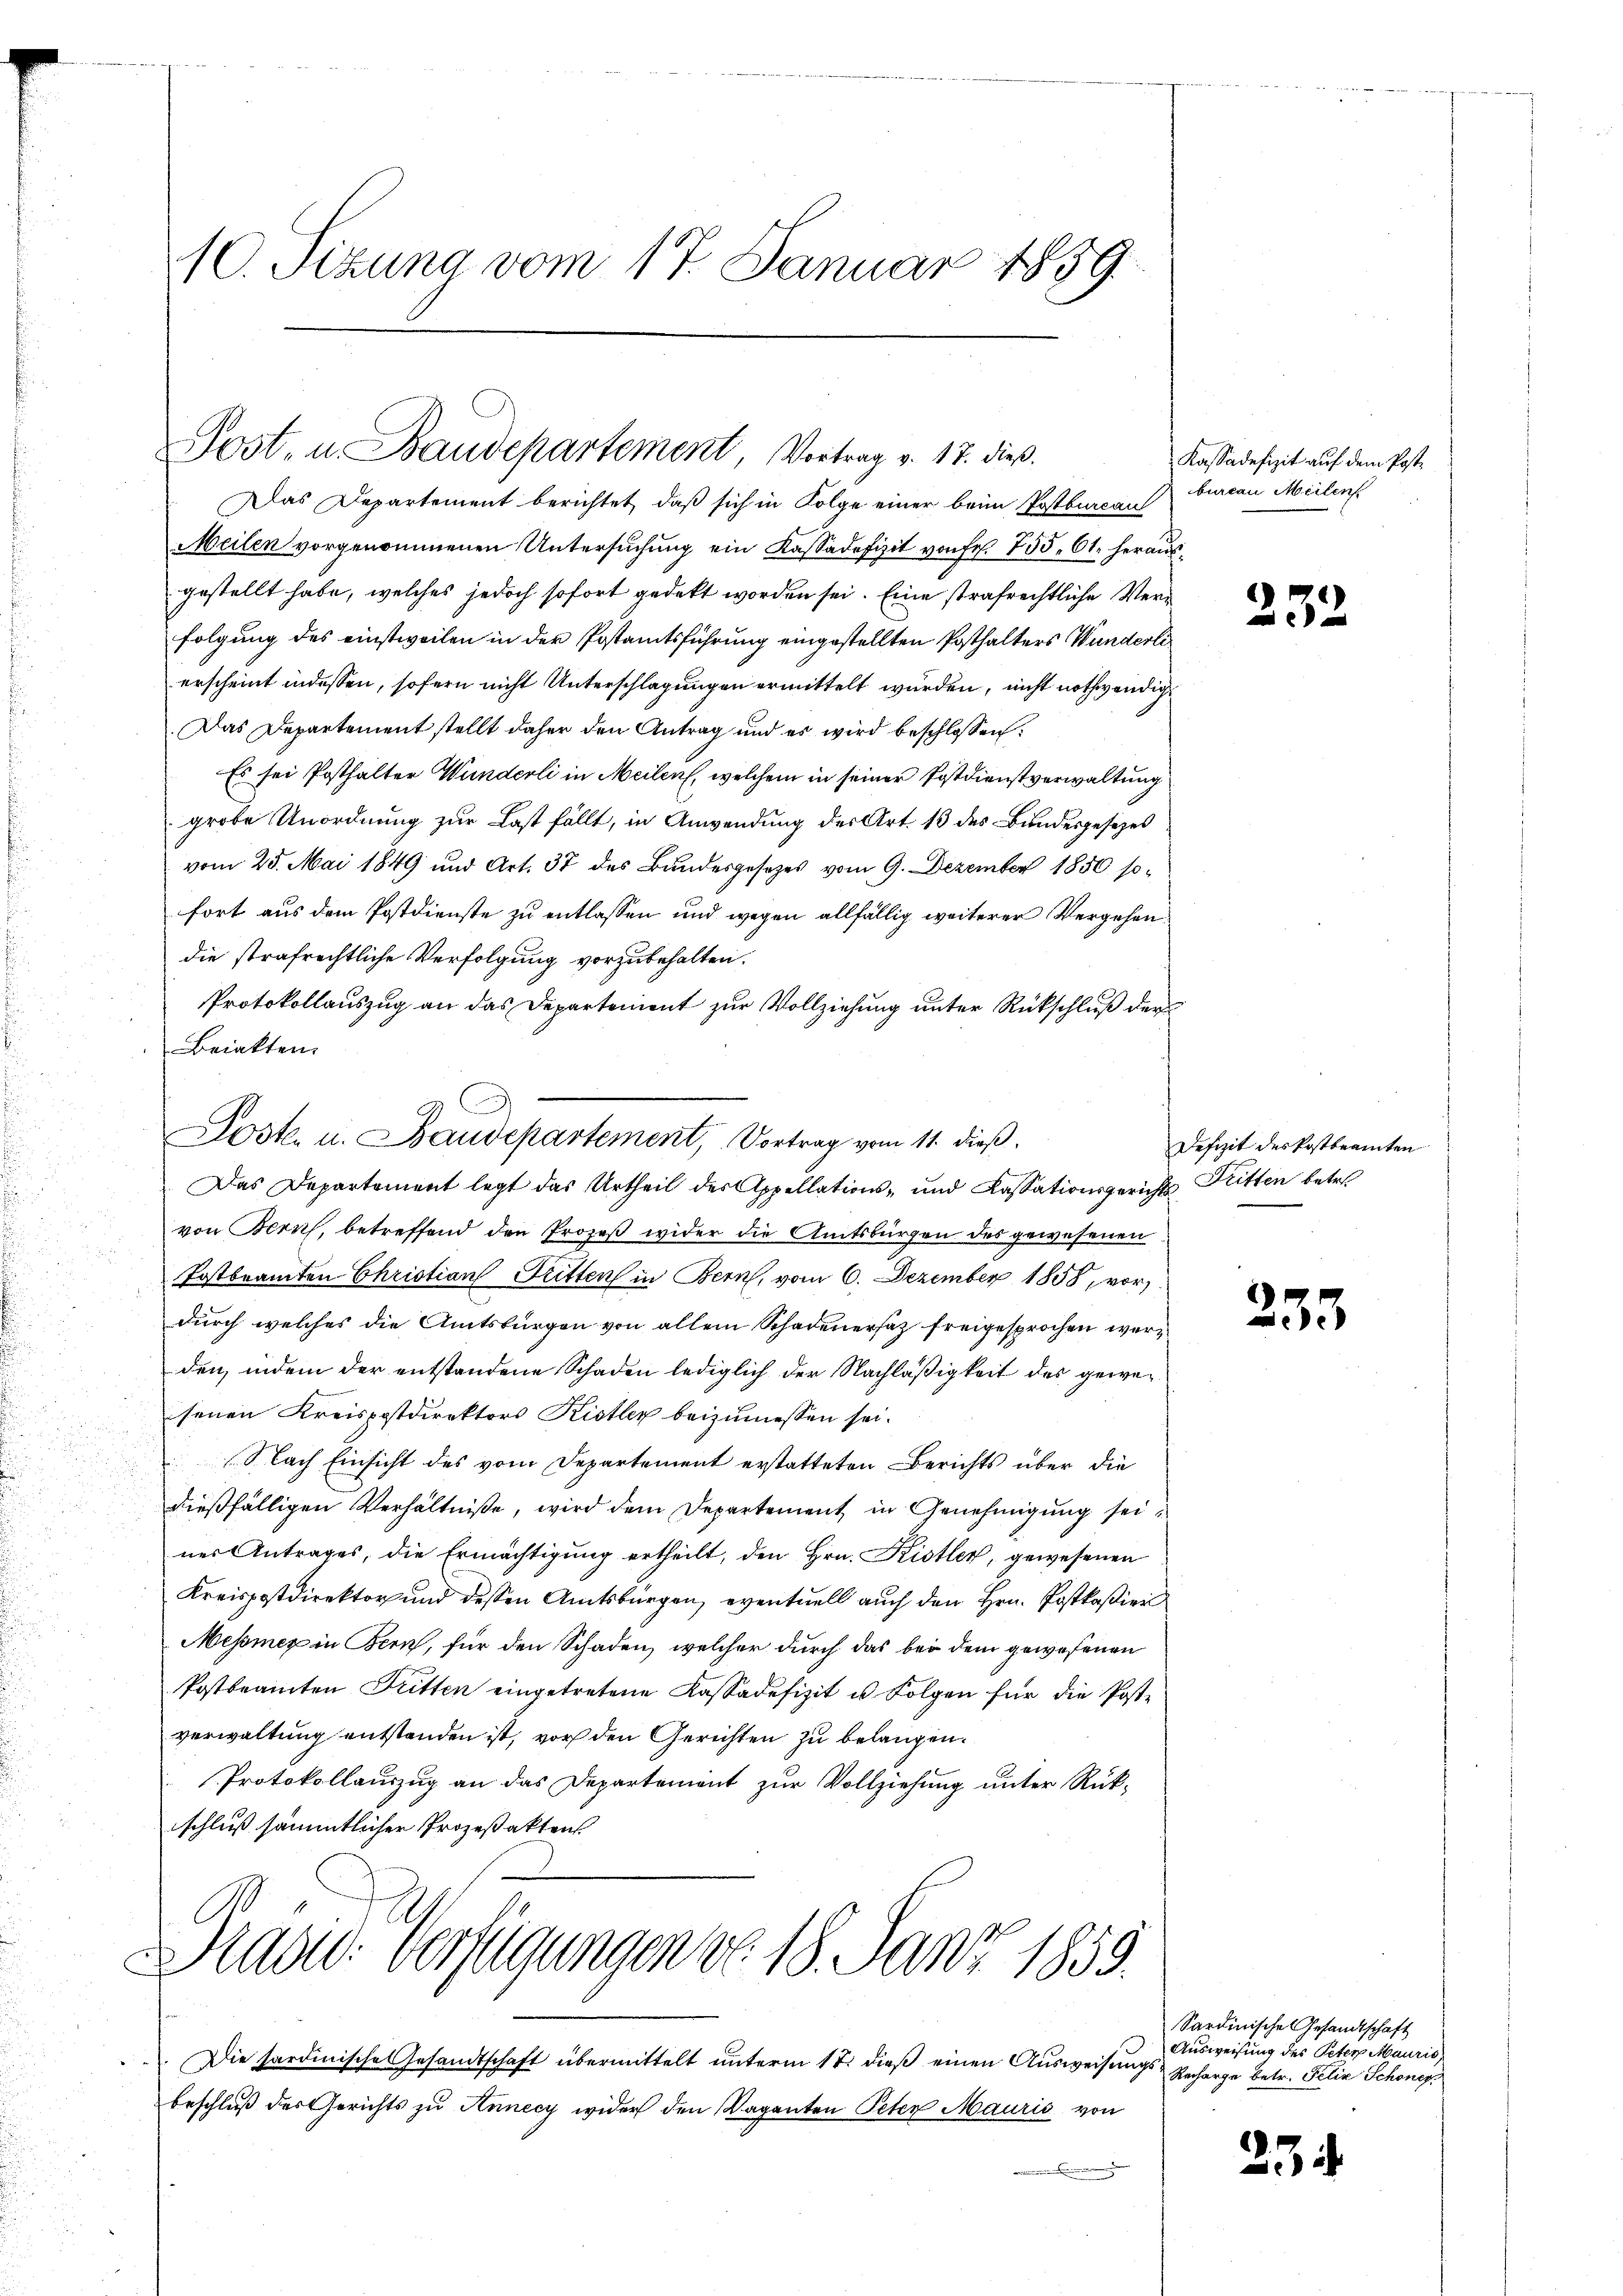
10. Sizung vom 17. Januar 1859

Post- u. Baudepartement, Vortrag v. 17. dieß.

Das Departement berichtet, daß sich in Folge einer beim Postbureau
Meilen vorgenommenen Untersŭchŭng ein Kassadefizit von Fr. 755. 61. hera.
gestellt habe, welches jedoch sofort gedekt worden sei. Eine strafrechtliche Verfolgung des einstweilen in der Postamtsführung eingestellten Posthalters Wunderli
erscheint indessen, sofern nicht Unterschlagungen ermittelt wurden, nicht nothwendig
Das Departement stellt daher den Antrag und es wird beschlossen:
Es sei Posthalter Wunderli in Meilen, welchem in seiner Postdienstverwaltung
grobe Unordnung zur Last fällt, in Anwendung des Art. 13 des Bundesgesezes
vom 25. Mai 1849 und Art. 37 des Bundesgesetzes vom 9. Dezember 1850 sofort aus dem Postdienste zu entlassen und wegen allfällig weiterer Vergehen
die strafrechtliche Verfolgung vorzubehalten.
Protokollauszug an das Departement zur Vollziehung unter Rückschluß der
Briakten.
Das Departement legt das Urtheil des Appellations- und Cassationsgerichvon Bern, betreffend den Prozeß wider die Amtsbürgen des gewesenen
Postbeamten Christian Dritten in Bern, vom 6. Dezember 1858, vor,
durch welches die Amtsbürgen von allem Schadenersatz freigesprochen werden, indem der entstandene Schaden lediglich der Nachläßigkeit des gewesenen Kreispostdirektors Kistler beizumessen sei.
Nach Einsicht des vom Departement erstatteten Berichts über die
dießfälligen Verhältniße, wird dem Departement in Genehmigung seines Antrages, die Ermächtigung ertheilt, den Hrn. Kistler, gewesenen
Kreispostdirektor und dessen Amtsbürgen, eventuell auch den Hrn. Postkaßier
Messmex in Bern, für den Schaden, welcher durch das bei dem gewesenen
Postbeamten Fritten eingetretene Kassadefizit u. Folgen für die Postverwaltung entstanden ist, vor den Gerichten zu belangen.
Protokollauszug an das Departement zur Vollziehung unter Rük-
schluß sämmtlicher Prozeßaktens

Dost- u. Baudepartement, Vortrag vom 11. dieß.

Präsid. Verfügungen do 18. Janz 1859.

Die sardinische Gesandtschaft übermittelt unterm 17. dieß einen Ausweisungs Recharge betr. Felix Schöner
beschluß des Gerichts zu Annecy wider den Vaganten Peten Mauris von

Kassadefizit auf dem Postbureau Meilen

.

Defizit des Postbeamten
k. Tritten betre

233

.

232

Sardinische Gesandtschaft
Ausweisung des Peter Mauris

234